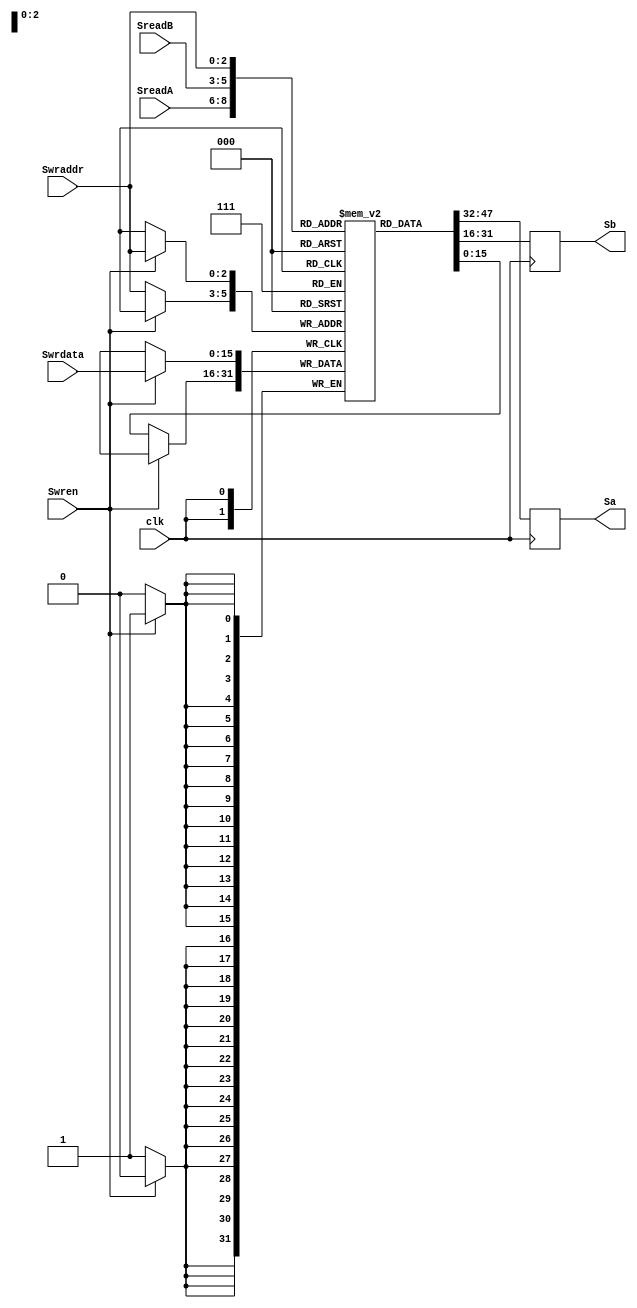
module ScalarRegFile(SreadA,SreadB,clk,Swrdata,Swraddr,Swren,Sa,Sb);
input [2:0] SreadA,SreadB,Swraddr;
input [15:0] Swrdata;
input clk,Swren;
output reg [15:0] Sa,Sb;


reg [15:0] ScalarReg [7:0];
integer i;

always@(posedge clk)
begin
	Sa <= ScalarReg[SreadA];
	Sb <= ScalarReg[SreadB];
		if(Swren==1) begin
			ScalarReg[Swraddr] <= Swrdata;	
		end
		else begin
			ScalarReg[Swraddr] <= ScalarReg[Swraddr];
		end
end
endmodule